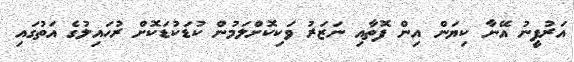
އަރުފީނު އޭނާ ކިޔަން އިން ފޮތާއި ނަޒަރު ވަކިކޮށްލަމުން ކުޑަކުޑަކޮށް ރުހައިލުގެ އަތުގައި